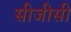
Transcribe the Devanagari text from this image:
सीजीसी